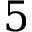
5